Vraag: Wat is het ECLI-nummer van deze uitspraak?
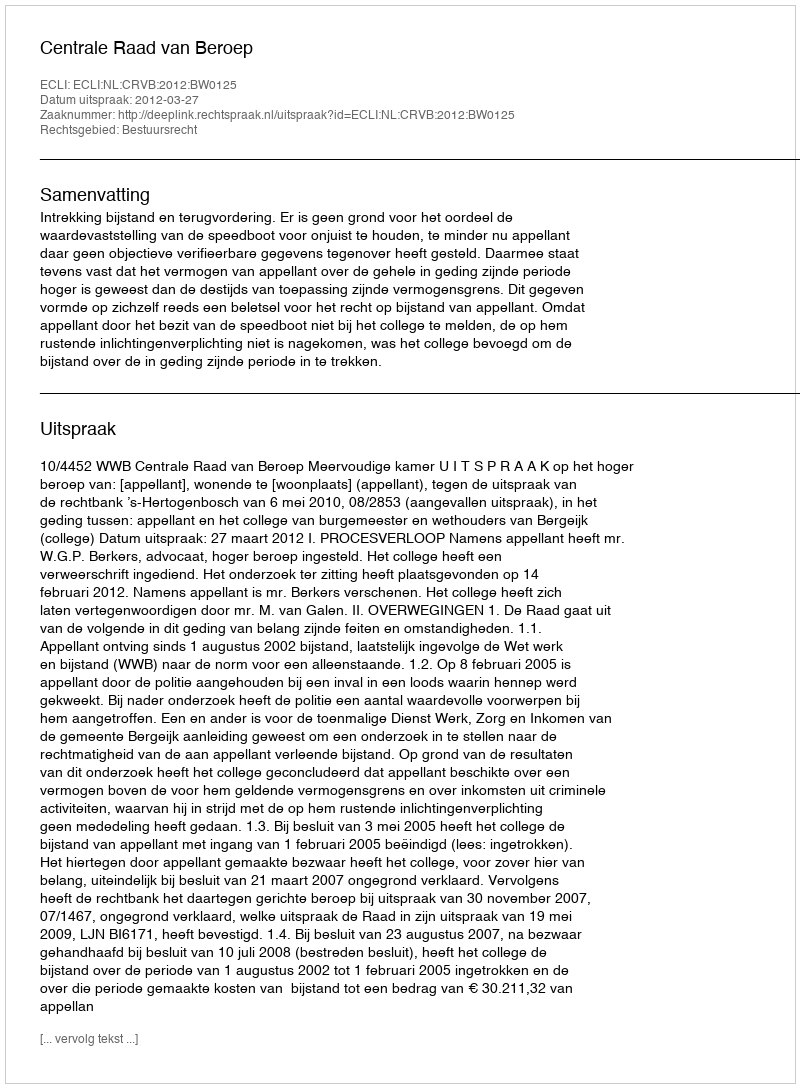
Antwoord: ECLI:NL:CRVB:2012:BW0125